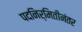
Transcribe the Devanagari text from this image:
पदनिर्मितीनंतर